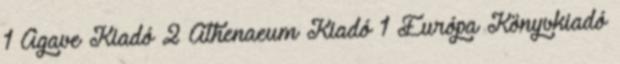
1 Agave Kiadó 2 Athenaeum Kiadó 1 Európa Könyvkiadó